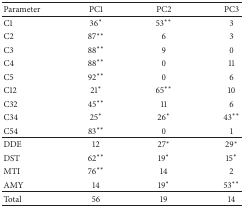
| Parameter | PC1 | PC2 | PC3 |
 | --- | --- | --- | --- |
 | C1 | 36∗ | 53∗∗ | 3 |
 | C2 | 87∗∗ | 6 | 3 |
 | C3 | 88∗∗ | 9 | 0 |
 | C4 | 88∗∗ | 0 | 11 |
 | C5 | 92∗∗ | 0 | 6 |
 | C12 | 21∗ | 65∗∗ | 10 |
 | C32 | 45∗∗ | 11 | 6 |
 | C34 | 25∗ | 26∗ | 43∗∗ |
 | C54 | 83∗∗ | 0 | 1 |
 | DDE | 12 | 27∗ | 29∗ |
 | DST | 62∗∗ | 19∗ | 15∗ |
 | MTI | 76∗∗ | 14 | 2 |
 | AMY | 14 | 19∗ | 53∗∗ |
 | Total | 56 | 19 | 14 |